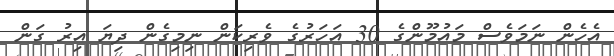
އެހެން ނަމަވެސް މައުމޫންގެ 30 އަހަރުގެ ވެރިކަން ނިމިގެން ދިޔަ އިރު ގަން